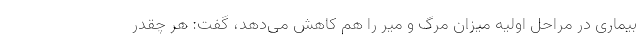
بیماری در مراحل اولیه میزان مرگ و میر را هم کاهش می‌دهد، گفت: هر چقدر